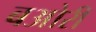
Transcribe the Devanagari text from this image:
बओरी